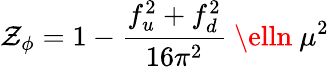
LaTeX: \mathcal{Z}_{\phi}=1-{\frac{{f_{u}^{2}+f_{d}^{2}}}{{16\pi^{2}}}}\ \elln\ \mu^{2}